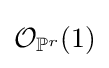
{\mathcal {O}}_{\mathbb {P} ^{r}}(1)